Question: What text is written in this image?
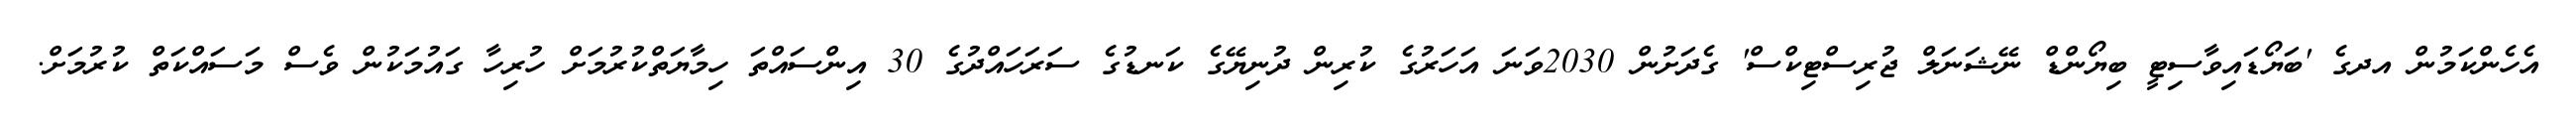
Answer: އެހެންކަމުން އދގެ 'ބަޔޯޑައިވާސިޓީ ބިޔޯންޑް ނޭޝަނަލް ޖުރިސްޓިކްސް' ގެދަށުން 2030ވަނަ އަހަރުގެ ކުރިން ދުނިޔޭގެ ކަނޑުގެ ސަރަހައްދުގެ 30 އިންސައްތަ ހިމާޔަތްކުރުމަށް ހުރިހާ ގައުމަކުން ވެސް މަސައްކަތް ކުރުމަށް.